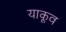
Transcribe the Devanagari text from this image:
याकूव